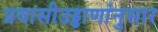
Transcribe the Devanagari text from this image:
प्रवासीउड्डाणांनुसार